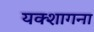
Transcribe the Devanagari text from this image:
यक्शागना